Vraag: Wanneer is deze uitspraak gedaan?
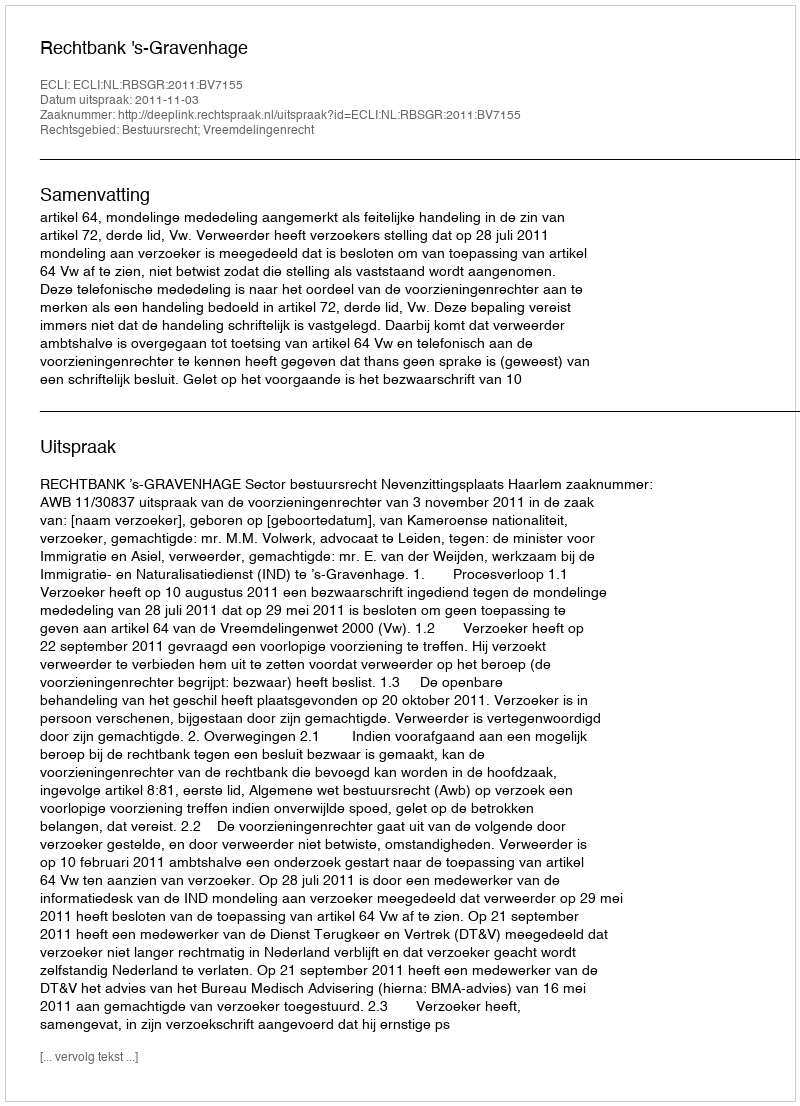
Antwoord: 2011-11-03